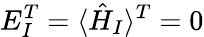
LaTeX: E_{I}^{T}=\langle\hat{H}_{I}\rangle^{T}=0